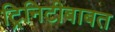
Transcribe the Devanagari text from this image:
ट्रिनिटीबाबत